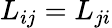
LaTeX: L_{ij}=L_{ji}